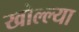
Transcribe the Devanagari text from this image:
खोल्ल्या